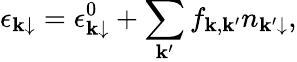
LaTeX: \epsilon_{\mathbf k\downarrow}=\epsilon_{\mathbf k\downarrow}^{0}+\sum_{\mathbf k^{\prime}}f_{\mathbf k,\mathbf k^{\prime}}n_{\mathbf k^{\prime}\downarrow},